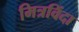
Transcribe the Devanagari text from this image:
मित्रविंदा